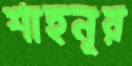
শাহনূর